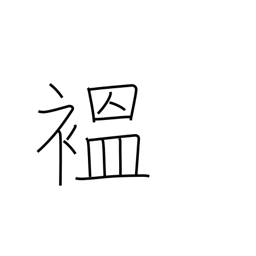
Meaning: robe